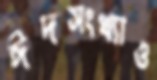
ঈদসংখ্যাও